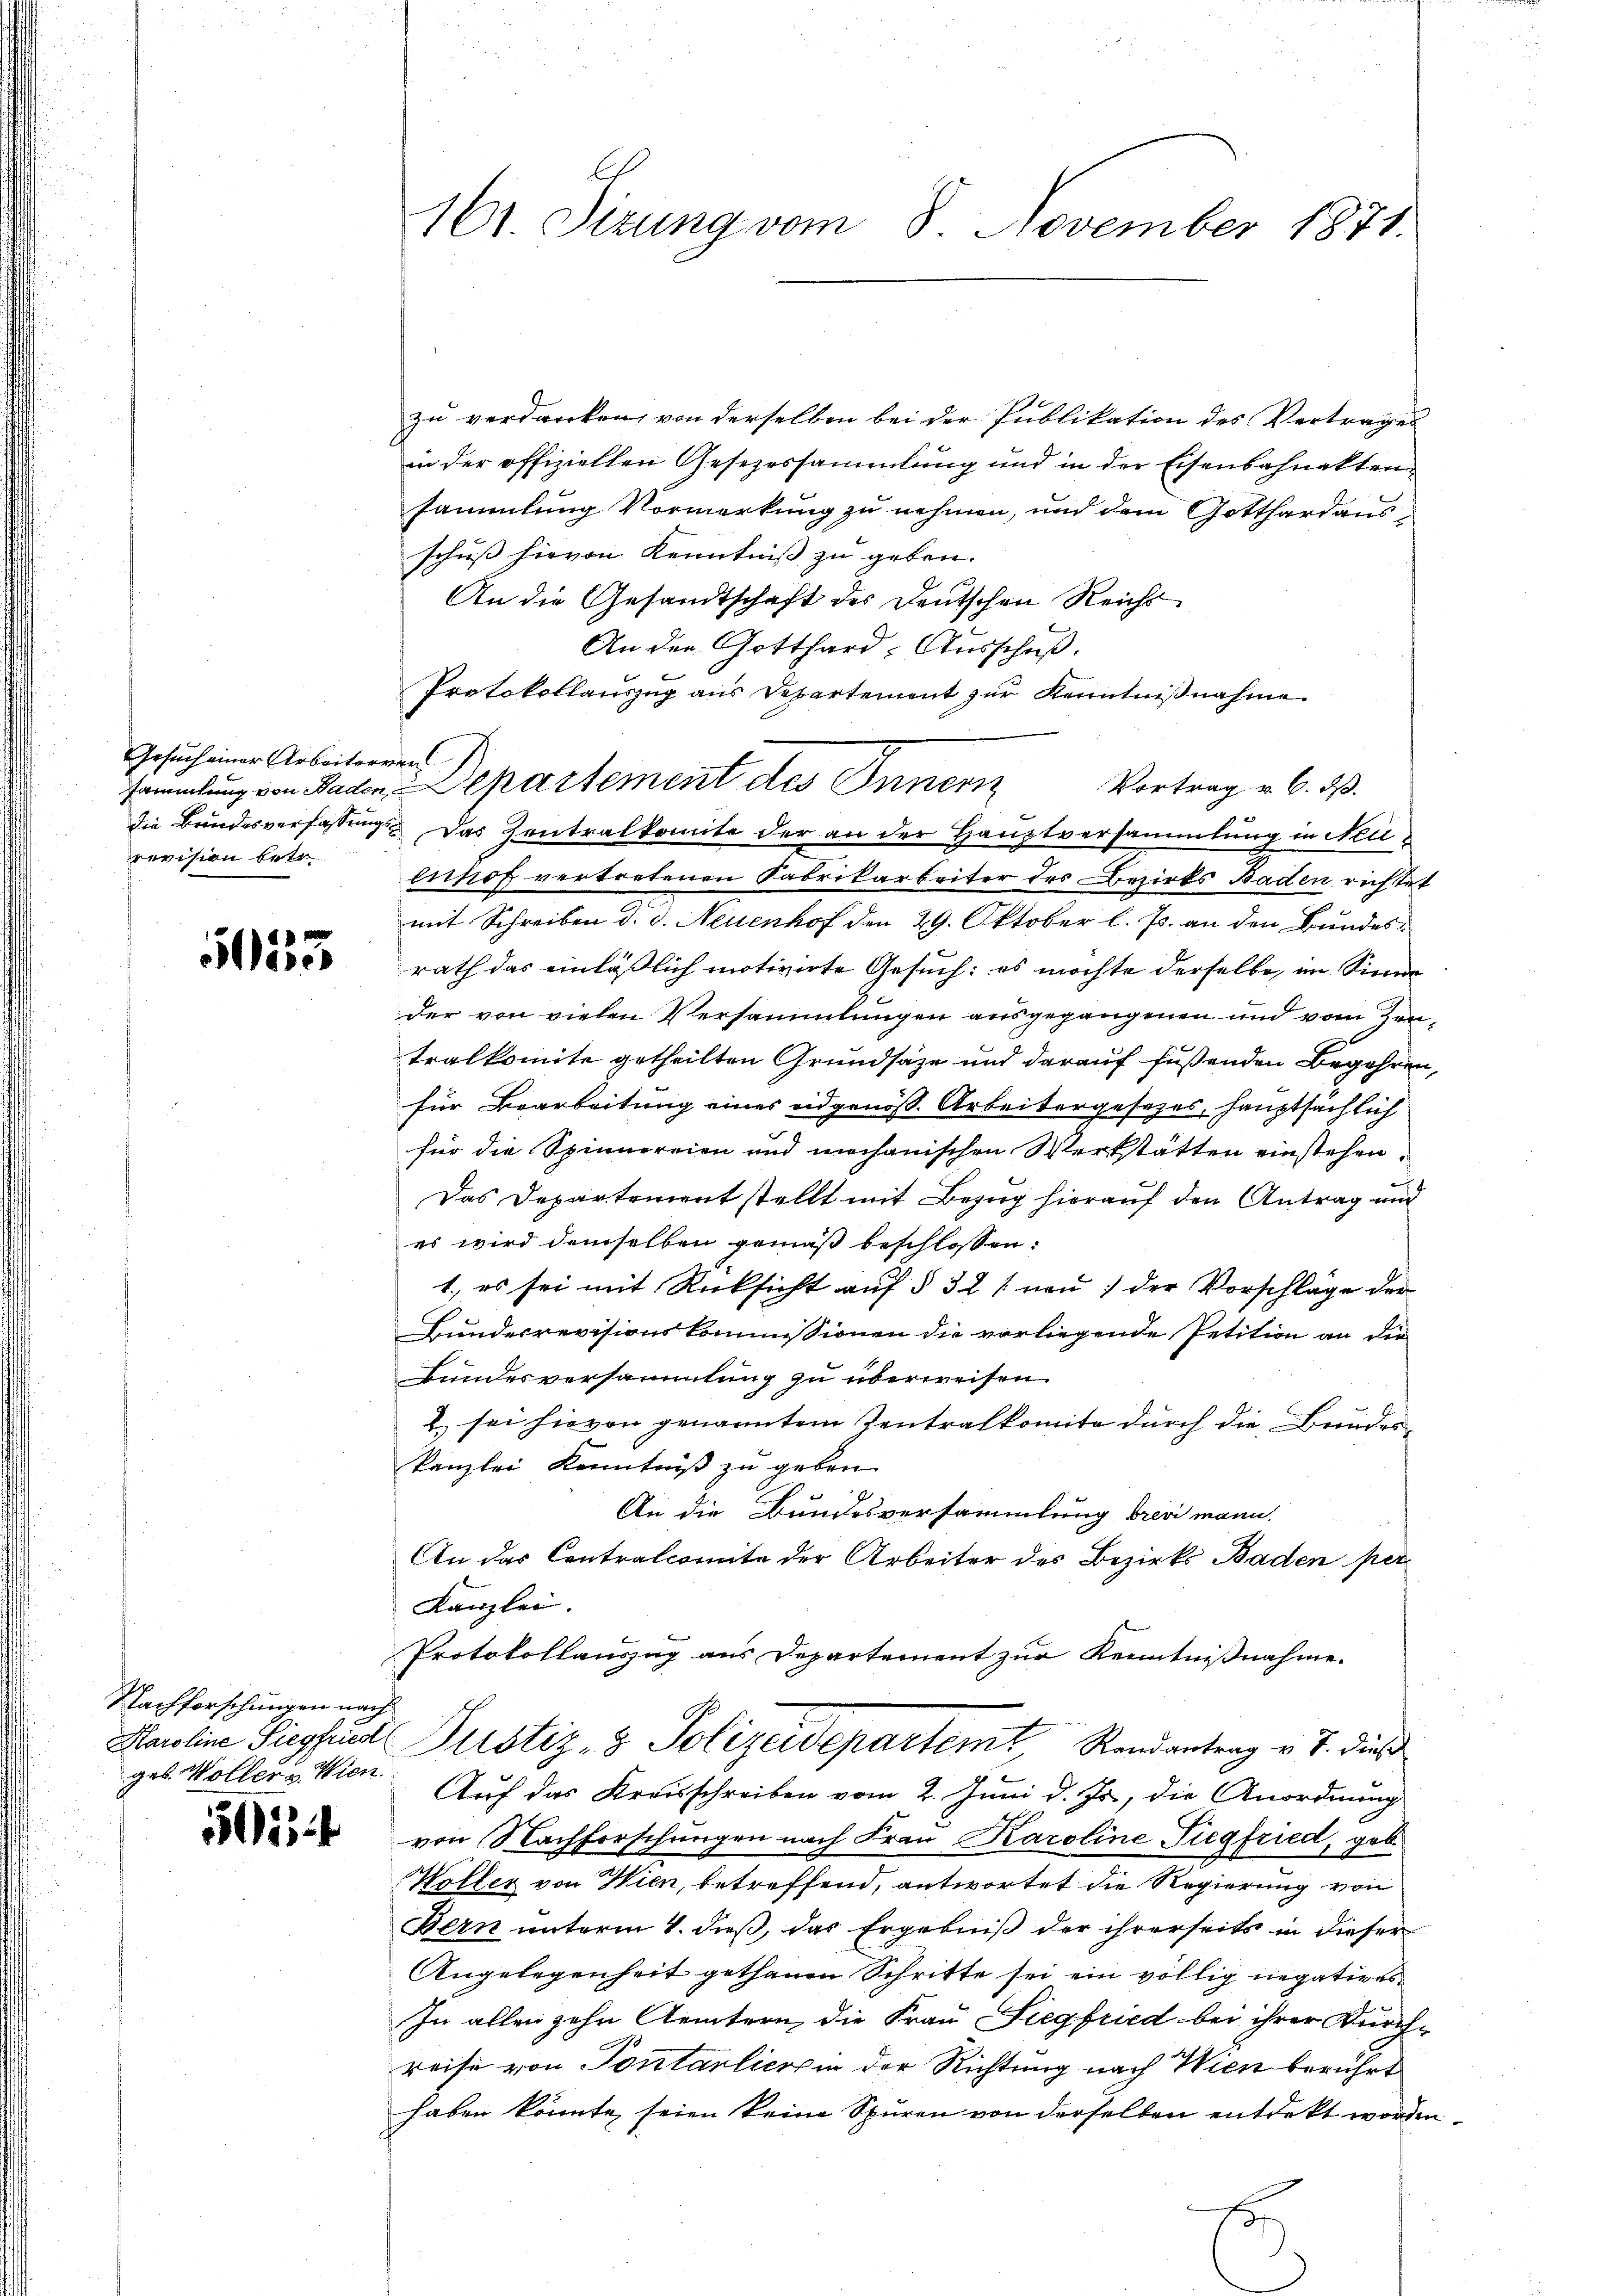
Gesuch einer Arbeiterven
revision betr.

553

Nachforschungen nach
ges. Woller v. Wien.

5

161. Sizung vom 8. November 1871.

zu verdanken, von derselben bei der Publikation des Vertrages
in der offiziellen Gesezessammlung und in der Eisenbahnakten
sammlung Vormerkung zu nehmen, und dem Gotthard ausschuß hievon Kenntniß zu geben.
An die Gesandtschaft des Deutschen Reicht
An der Gotthard-Ausschuß.
Protokollauszug aus Departement zŭr Kenntniβnahme
Vortrag v. 6. ds.
die Bundesverfassung das Zentralkomite der an der Hauptversammlung in Neilenhof vertretenen Fabrikarbeiter des Bezirks Baden richtet
mit Schreiben d. d. Neuenhof den 29. Oktober l. Js. an den Bundes:
rath das einläßlich motivirte Gesuch: es möchte derselbe, im Sinne
der von vielen Versammlungen ausgegangenen und vom Zentralkomite getheilten Grundsätze und darauf fußenden Begehren,
für Bearbeitung eines eidgenoss. Arbeitergesetzes, hauptsächlich
für die Spinnereien und mechanischen Werkstätten einstehen,
Das Departement stellt mit Bezug hierauf den Antrag und
es wird demselben gemäß beschlossen:
1., es sei mit Rücksicht auf § 321 nen) der Vorschläge der
Bundesrevisionskommissionen die vorliegende Petition an die
Bundesversammlung zu überweisen.
2 sei hievon genanntem Zentralkomite durch die Bundeskanzlei Kenntniß zu geben.
An die Bundesversammlung brevi mann.
An das Contralcomite der Arbeiter des Bezirks Baden per
Kanzlei.
Protokollauszug aus Departement zur Kenntnißnahme.
Karoline Siegfrid Justiz- & Polizeidepartemt, Randantrag v. J. dieß
Auf das Kreisschreiben vom 2. Juni d. Js., die Anordnung
von Nachforschungen nach Frau Karoline Tiegfried, geb.
Woller von Wien, betreffend, antwortet die Regierung von
Bern unterm 4. dieß, das Ergebniß der ihrerseits in dieser
Angelegenheit gethanen Schritte sei ein völlig negatives
In allen zehn Aemtern, die Frau Siegfried bei ihrer Durchreise von Pontarlierin der Richtung nach Wien beruhet
haben könnte, seien keine Spuren von derselben entdeckt worden.

sammlung von Baden Departement des Innern